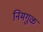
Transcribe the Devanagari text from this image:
निमगुळ